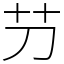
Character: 芀